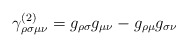
\begin{align*}\gamma _{\rho \sigma \mu \nu }^{(2)}=g_{\rho \sigma }g_{\mu \nu }-g_{\rho\mu }g_{\sigma \nu }\end{align*}